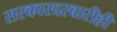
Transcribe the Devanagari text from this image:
सरकारदरबारीही